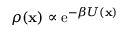
\rho ( \mathbf { x } ) \propto \operatorname { e } ^ { - \beta U ( \mathbf { x } ) }